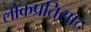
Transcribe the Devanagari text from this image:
लोकप्रतिसाद